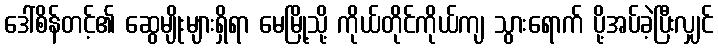
ဒေါ်စိန်တင့်၏ ဆွေမျိုးများရှိရာ မေမြို့သို့ ကိုယ်တိုင်ကိုယ်ကျ သွားရောက် ပို့အပ်ခဲ့ပြီးလျှင်